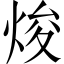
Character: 焌